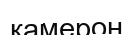
камерон